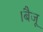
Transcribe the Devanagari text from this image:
।बैजू